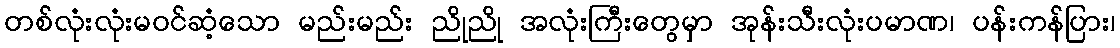
တစ်လုံးလုံးမဝင်ဆံ့သော မည်းမည်း ညိုညို အလုံးကြီးတွေမှာ အုန်းသီးလုံးပမာဏ၊ ပန်းကန်ပြား၊